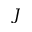
J